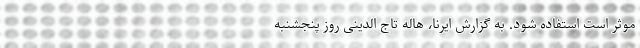
موثر است استفاده شود. به گزارش ایرنا، هاله تاج الدینی روز پنجشنبه